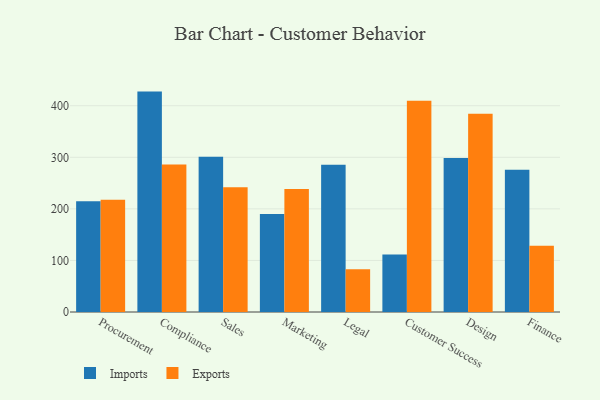
{"axis": {"x": "Department", "y": "Temperature (°C)"}, "legend": ["Exports", "Imports"], "data": [{"x": "Procurement", "y": 214.7, "type": "Imports"}, {"x": "Procurement", "y": 217.6, "type": "Exports"}, {"x": "Compliance", "y": 427.4, "type": "Imports"}, {"x": "Compliance", "y": 286.0, "type": "Exports"}, {"x": "Sales", "y": 301.3, "type": "Imports"}, {"x": "Sales", "y": 241.8, "type": "Exports"}, {"x": "Marketing", "y": 190.2, "type": "Imports"}, {"x": "Marketing", "y": 238.6, "type": "Exports"}, {"x": "Legal", "y": 285.7, "type": "Imports"}, {"x": "Legal", "y": 83.0, "type": "Exports"}, {"x": "Customer Success", "y": 111.7, "type": "Imports"}, {"x": "Customer Success", "y": 409.8, "type": "Exports"}, {"x": "Design", "y": 298.4, "type": "Imports"}, {"x": "Design", "y": 384.6, "type": "Exports"}, {"x": "Finance", "y": 275.9, "type": "Imports"}, {"x": "Finance", "y": 128.6, "type": "Exports"}]}